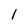
Character: 1